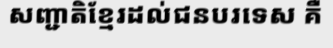
សញ្ជាតិខ្មែរដល់ជនបរទេស គឺ